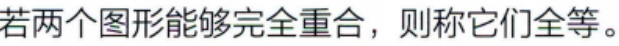
若两个图形能够完全重合，则称它们全等。